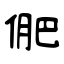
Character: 俷